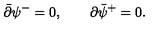
\bar { \partial } \psi ^ { - } = 0 , \qquad \partial \bar { \psi } ^ { + } = 0 .